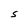
Character: S